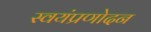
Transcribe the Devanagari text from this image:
स्वयंप्रणोदन